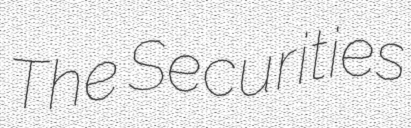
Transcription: The Securities